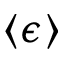
\langle \epsilon \rangle